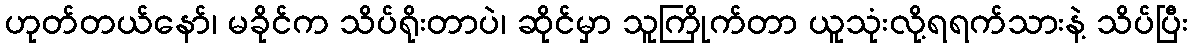
ဟုတ်တယ်နော်၊ မခိုင်က သိပ်ရိုးတာပဲ၊ ဆိုင်မှာ သူကြိုက်တာ ယူသုံးလို့ရရက်သားနဲ့ သိပ်ပြီး